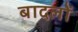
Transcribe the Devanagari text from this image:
बादलाें